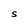
Character: S